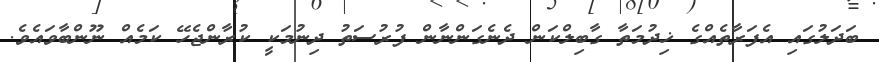
ބަދަލުގައި އެފަރާތެއްގެ ޚިދުމަތާ ގާބިލްކަން ދެނެގަންނާން ފުރުސަތު ދިނުމަކީ ކުރާންޖެހޭ ކަމެއް ނޫންބާވައެވެ.